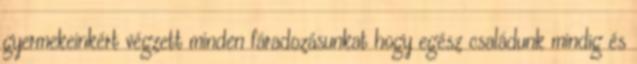
gyermekeinkért végzett minden fáradozásunkat hogy egész családunk mindig és